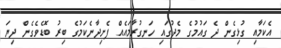
އެކަމާއި ގުޅިގެން ދެ ގައުމުގެ މެދުގައި ހަނގުރާމައެއް ފެށިދާނެކަމުގެ ބިރު ބޮޑެވެގެން ދިޔަ